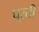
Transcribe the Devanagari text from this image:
घूरती